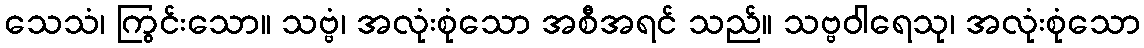
သေသံ၊ ကြွင်းသော။ သဗ္ဗံ၊ အလုံးစုံသော အစီအရင် သည်။ သဗ္ဗဝါရေသု၊ အလုံးစုံသော